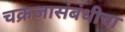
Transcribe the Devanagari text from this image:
चक्रजासंबंधीचा